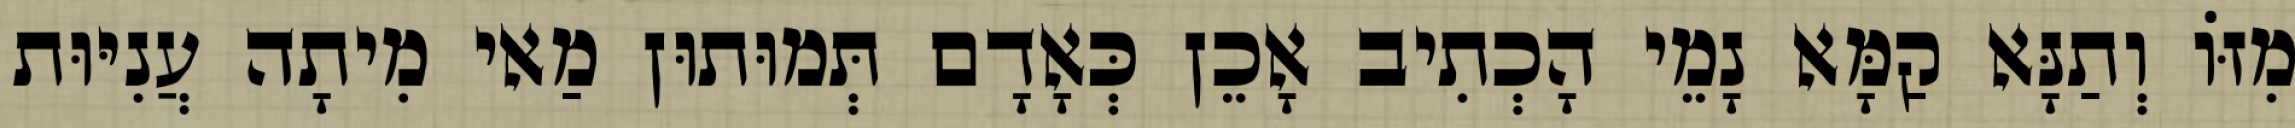
מִזּוֹ וְתַנָּא קַמָּא נָמֵי הָכְתִיב אָכֵן כְּאָדָם תְּמוּתוּן מַאי מִיתָה עֲנִיּוּת